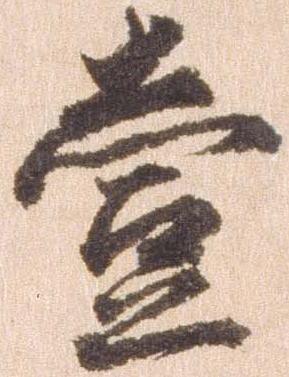
壱